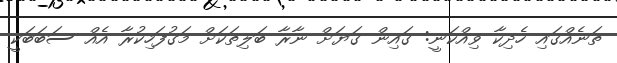
ތަނެއްގައި ހެދިކާ ވިއްކަނީ: ގައިން ގަޔަށް ނާރާ ބަލިތަކަށް މަގުފަހިކުރާ އެއް ސަބަބަކީ